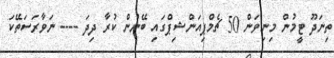
ތިނަދޫ ޓީމުން މިނިވަން 50 ޗެމްޕިއަންޝިޕްގައި ބޭނުން ކުރާ ދިދަ ---- ނަވާރަސަތޭކަ